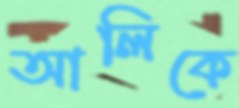
আলিকে